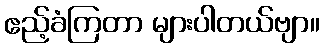
ဧည့်ခံကြတာ များပါတယ်ဗျာ။